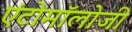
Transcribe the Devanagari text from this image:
एंटोमॉलोजी